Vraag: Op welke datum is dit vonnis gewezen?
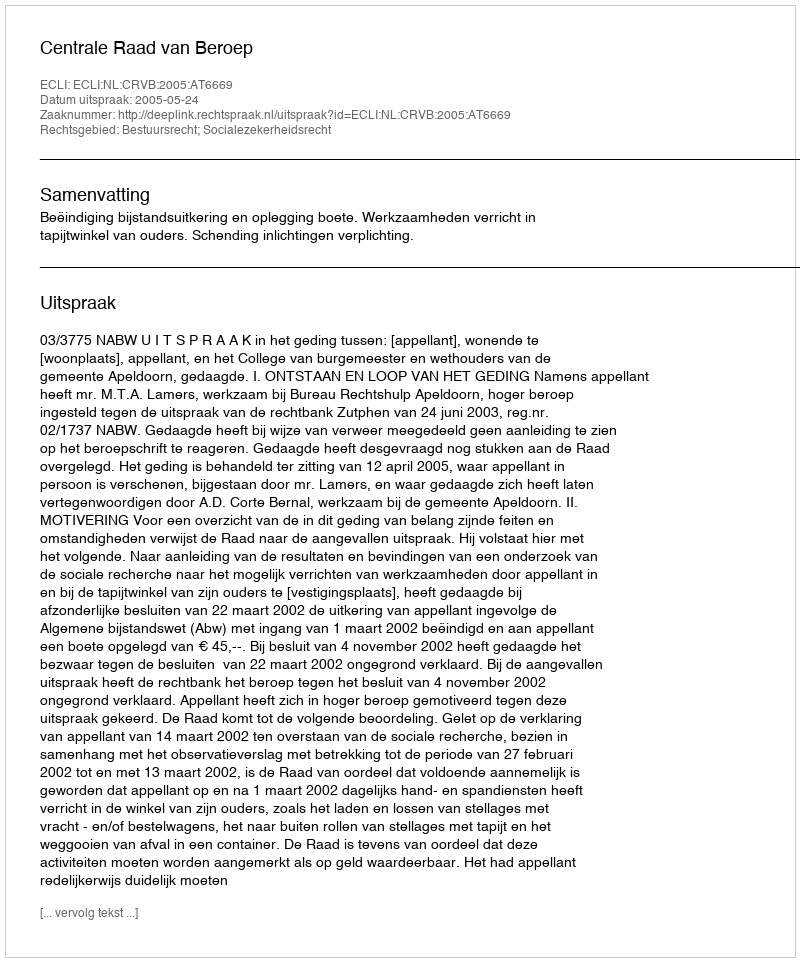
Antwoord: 2005-05-24